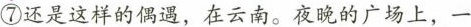
⑦还是这样的仍遇，在云南，夜晚的广场上，一